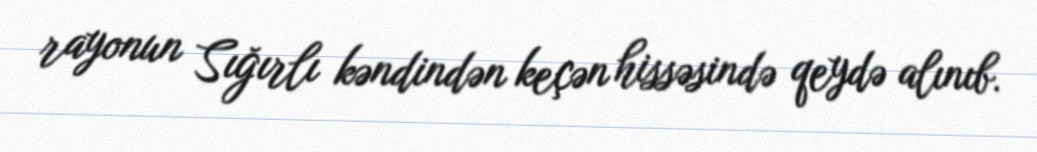
rayonun Sığırlı kəndindən keçən hissəsində qeydə alınıb.